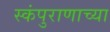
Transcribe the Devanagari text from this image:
स्कंपुराणाच्या